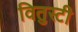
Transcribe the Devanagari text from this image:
वितुस्टी